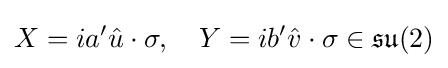
X=ia'{\hat {u}}\cdot \mathbf {\sigma } ,\quad Y=ib'{\hat {v}}\cdot \mathbf {\sigma } \in {\mathfrak {su}}(2)